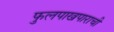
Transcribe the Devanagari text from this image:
फुलपाखपाराची